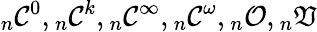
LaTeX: {_{n}{\mathcal{C}}^{0}},{_{n}{\mathcal{C}}^{k}},{_{n}{\mathcal{C}}^{\infty}},{_{n}{\mathcal{C}}^{\omega}},{_{n}{\mathcal{O}}},{_{n}{\mathfrak{V}}}